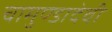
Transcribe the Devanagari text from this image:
चामुण्डादेवी